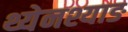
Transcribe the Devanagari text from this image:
थ्येनश्याङ